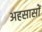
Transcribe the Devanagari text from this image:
अहसासों